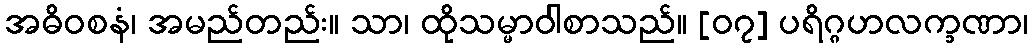
အဓိဝစနံ၊ အမည်တည်း။ သာ၊ ထိုသမ္မာဝါစာသည်။ [၀၇] ပရိဂ္ဂဟလက္ခဏာ၊